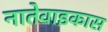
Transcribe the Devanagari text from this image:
नातेवाइकास